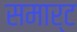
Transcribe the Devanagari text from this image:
समार्ट